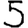
Digit: 5